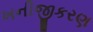
ખનીજીકરણ